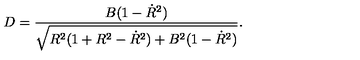
D = \frac { B ( 1 - \dot { R } ^ { 2 } ) } { \sqrt { R ^ { 2 } ( 1 + R ^ { 2 } - \dot { R } ^ { 2 } ) + B ^ { 2 } ( 1 - \dot { R } ^ { 2 } ) } } .